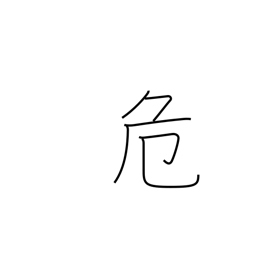
Meaning: uneasy